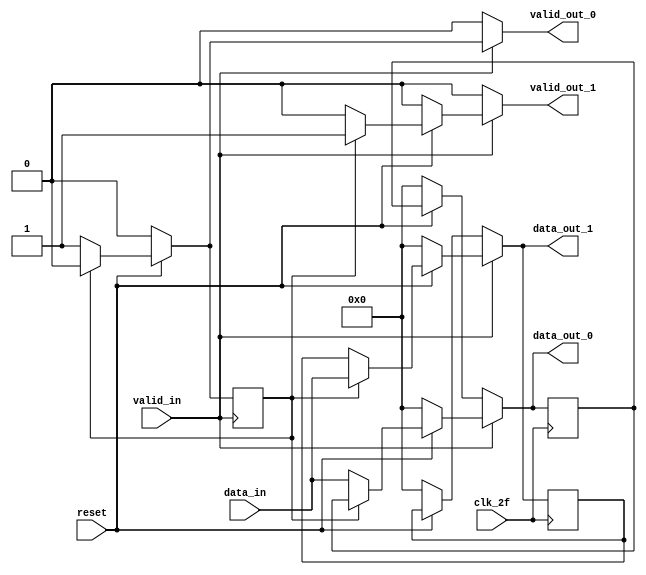
//Daniela Bucce, B61256
//Tarea 2
//Descripcion conductual
//Se instancian entradas y salidas 

module demux (
	input clk_2f, 
	input reset,
    input valid_in,
	output reg [7:0] data_out_0,
	output reg [7:0] data_out_1,
    output reg valid_out_0,
    output reg valid_out_1,
	input [7:0] data_in);

    reg selector; //Senal interna
    reg [7:0]data_out_mem0;
    reg [7:0]data_out_mem1; 
    reg selectorF; 
        
     
	always @(*) begin //Se crea demux 
        valid_out_0=1'b0; 
        valid_out_1=1'b0; 
        
      data_out_0=data_out_mem0;
      data_out_1=data_out_mem1;
        if (valid_in==1) begin
        //valid_out_0=1'b0; 
        //valid_out_1=1'b0; 
               selector=selectorF;
        if (reset==1) begin
         
            if (!selector) begin
            //data_out_0=data_in;
            
                                                                                                                                              
               // if (valid_in==1) begin   
                data_out_0=data_in;              
               // valid_out_0=1'b1; 
                //valid_out_1=1'b0; 
               // data_out_0=data_out_mem0; 
               data_out_1=data_out_mem1;
                
                valid_out_0=1'b1; 
                valid_out_1=1'b0;
                
               // end else begin
                //valid_out_0=1'b0; 
               // data_out_0=data_out_mem0; 
                //end   
            end 
            else begin 
                //valid_out_0=data_in;
               // if (valid_in==1) begin
                data_out_1=data_in; 
              //  valid_out_1=1'b1;
               // valid_out_0=1'b0; 
                data_out_0=data_out_mem0;
                
                valid_out_1=1'b1; 
                valid_out_0=1'b0; 


                
               // end else begin
               // valid_out_1=1'b0;   
                //valid_out_0=data_out_mem1;
                //end 
            end         
        end
        else begin
            data_out_0=1'h0;
            data_out_1=1'h0; 
            selector=0; 
           // selectorF=0; 
        end 
        end else begin
        if (reset==1) begin
        selector=selectorF; 
        data_out_0=data_out_mem0;
        data_out_1=data_out_mem1; 
        valid_out_0=1'b0; 
        valid_out_1=1'b0; 
        end else begin
        
        data_out_0=1'b0;
        data_out_1=1'b0; 
        selector=0; 
        end 
        end 
    end
       
	 always @ (posedge clk_2f) begin 
     data_out_mem0=data_out_0; 
     data_out_mem1=data_out_1;
        
     end 
    always@(posedge valid_in) begin
        if (reset==1) begin
        if (selectorF) begin
        selectorF <=1'b0;        
        end else begin
        selectorF <=1'b1;
        end  
       end  else begin
        selectorF<=0;
        end
    end

endmodule